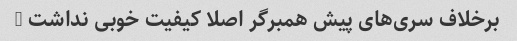
برخلاف سری‌های پیش همبرگر اصلا کیفیت خوبی نداشت …